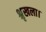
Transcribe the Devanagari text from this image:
श्रृखला।